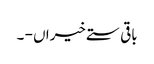
باقی ستے خیراں - ۔